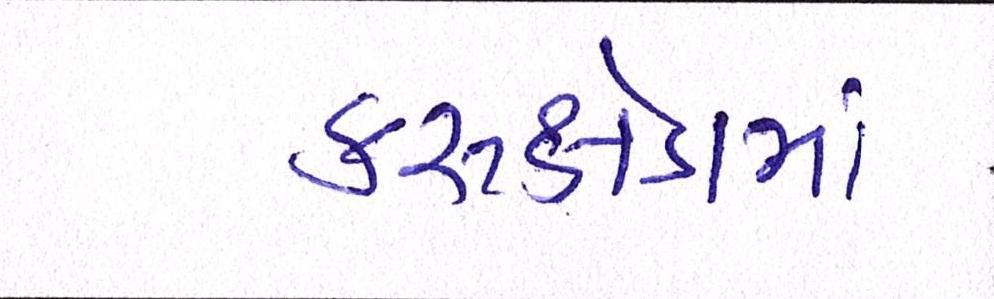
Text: કરુક્ષેત્રમાં